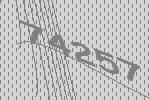
74257